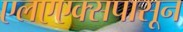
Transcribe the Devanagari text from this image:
एलएएक्सपासून